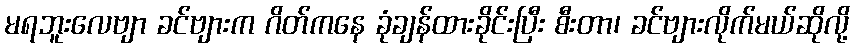
မရဘူးလေဗျာ ခင်ဗျားက ဂိတ်ကနေ ခုံချန်ထားခိုင်းပြီး စီးတာ၊ ခင်ဗျားလိုက်မယ်ဆိုလို့